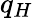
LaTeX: q_{H}